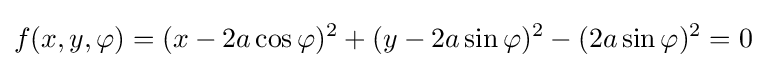
f(x,y,\varphi )=(x-2a\cos \varphi )^{2}+(y-2a\sin \varphi )^{2}-(2a\sin \varphi )^{2}=0\